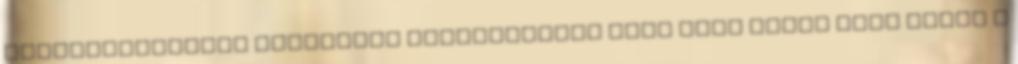
professzionális naturális kozmetikumok Face tete amely olaj kerül a